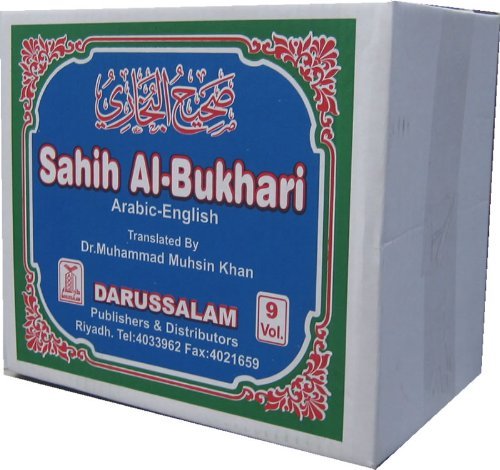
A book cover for The English Translation of Sahih Al Bukhari With the Arabic Text (9 volume set); Muhammad Ibn Ismail Bukhari; Religion & Spirituality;